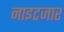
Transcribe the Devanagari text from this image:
नाइटजार